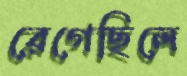
রেগেছিলে